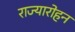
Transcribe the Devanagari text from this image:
राज्यारोहन